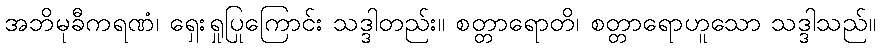
အဘိမုခီကရဏံ၊ ရှေးရှုပြုကြောင်း သဒ္ဒါတည်း။ စတ္တာရောတိ၊ စတ္တာရောဟူသော သဒ္ဒါသည်။